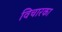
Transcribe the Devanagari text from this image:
विचारका